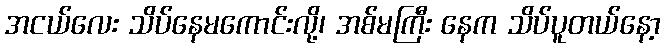
အငယ်လေး သိပ်နေမကောင်းလို့၊ အစ်မကြီး နေက သိပ်ပူတယ်နော့